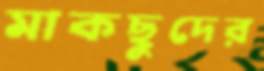
মাকছুদের